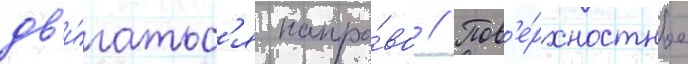
дв'и́гатьс'я напра́во // Пов'е́рхностное